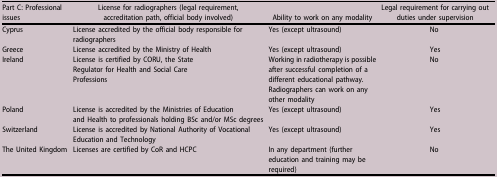
<table><thead><tr><td><b>Part C: Professional issues</b></td><td><b>License for radiographers (legal requirement, accreditation path, official body involved)</b></td><td><b>Ability to work on any modality</b></td><td><b>Legal requirement for carrying out duties under supervision</b></td></tr></thead><tbody><tr><td>Cyprus</td><td>License accredited by the official body responsible for radiographers</td><td>Yes (except ultrasound)</td><td>No</td></tr><tr><td>Greece</td><td>License accredited by the Ministry of Health</td><td>Yes (except ultrasound)</td><td>Yes</td></tr><tr><td>Ireland</td><td>License is certified by CORU, the State Regulator for Health and Social Care Professions</td><td>Working in radiotherapy is possible after successful completion of a different educational pathway. Radiographers can work on any other modality</td><td>No</td></tr><tr><td>Poland</td><td>License is accredited by the Ministries of Education and Health to professionals holding BSc and/or MSc degrees</td><td>Yes (except ultrasound)</td><td>Yes</td></tr><tr><td>Switzerland</td><td>License is accredited by National Authority of Vocational Education and Technology</td><td>Yes (except ultrasound)</td><td>Yes</td></tr><tr><td>The United Kingdom</td><td>Licenses are certified by CoR and HCPC</td><td>In any department (further education and training may be required)</td><td>No</td></tr></tbody></table>